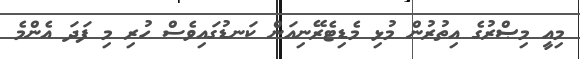
މިއީ މިޞްރުގެ އިތުރުން މުޅި މެޑިޓެރޭނިއަން ކަނޑުގައިވެސް ހުރި މި ފަދަ އެންމެ